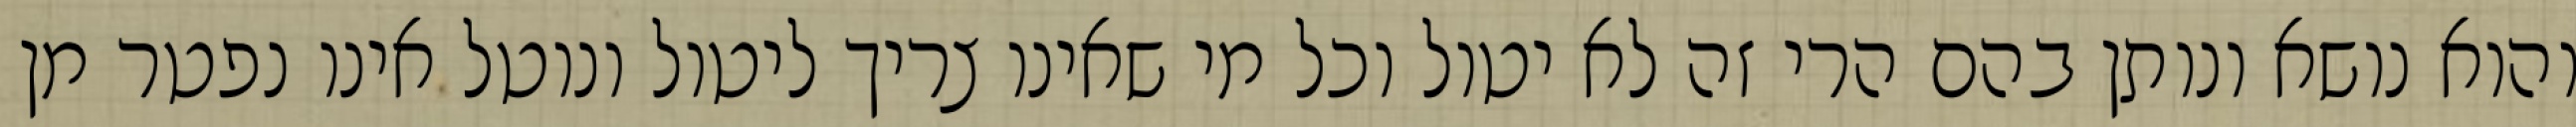
והוא נושא ונותן בהם הרי זה לא יטול וכל מי שאינו צריך ליטול ונוטל אינו נפטר מן